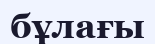
бұлағы